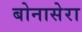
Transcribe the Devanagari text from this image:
बोनासेरा